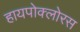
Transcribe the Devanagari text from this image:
हायपोक्लोरस